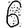
Digit: 6